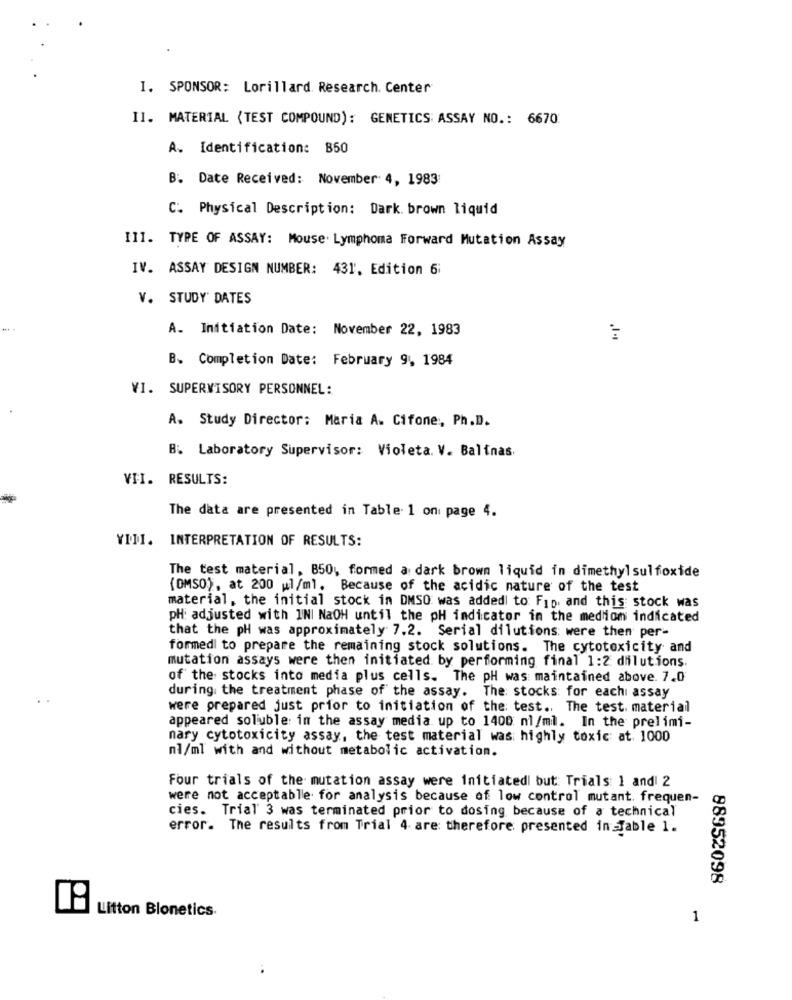
I. SPONSOR: Lorillard. Research. Center
II. MATERIAL (TEST COMPOUND): GENETICS ASSAY NO .: 6670
A. Identification: 850
B. Date Received: November 4, 1983
C. Physical Description: Dark brown liquid
III. TYPE OF ASSAY: Mouse. Lymphoma Forward Mutation Assay
IV. ASSAY DESIGN NUMBER: 431, Edition 6;
V. STUDY DATES
A. Initiation Date: November 22, 1983
B. Completion Date: February 9, 1984
VI. SUPERVISORY PERSONNEL:
A. Study Director: Maria A. Cifone, Ph.D.
B: Laboratory Supervisor: Violeta. V. Balinas.
VII. RESULTS:
The data are presented in Table. 1 on page 4.
YIII. INTERPRETATION OF RESULTS:
The test material, B50, formed a dark brown liquid in dimethyl sulfoxide
(OMSO), at 200 ul/ml. Because of the acidic nature of the test
material, the initial stock in DMSO was added to Fip. and this stock was
pH adjusted with INI NaOH until the pH indicator in the mediom indicated
that the pH was approximately 7.2. Serial dilutions: were then per-
formed to prepare the remaining stock solutions. The cytotoxicity and
mutation assays were then initiated by performing final 1:2 dilutions.
of the stocks into media plus cells. The pH was maintained above. 7.0
during the treatment phase of the assay. The: stocks: for eachi assay
were prepared just prior to initiation of the test .. The test. material
appeared soluble in the assay media up to 1400 nl/ml. In the prelimi-
nary cytotoxicity assay, the test material was highly toxic at. 1000
nl/ml with and without metabolic activation.
Four trials of the mutation assay were initiatedl but Trials 1 and 2
were not acceptable for analysis because of low control mutant. frequen-
cies. Trial 3 was terminated prior to dosing because of a technical
error. The results from Trial 4 are therefore presented in Jable 1.
88952098
Litton Bionetics.
1
..